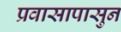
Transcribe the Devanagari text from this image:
प्रवासापासुन